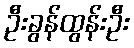
ဦးခွန်ထွန်းဦး